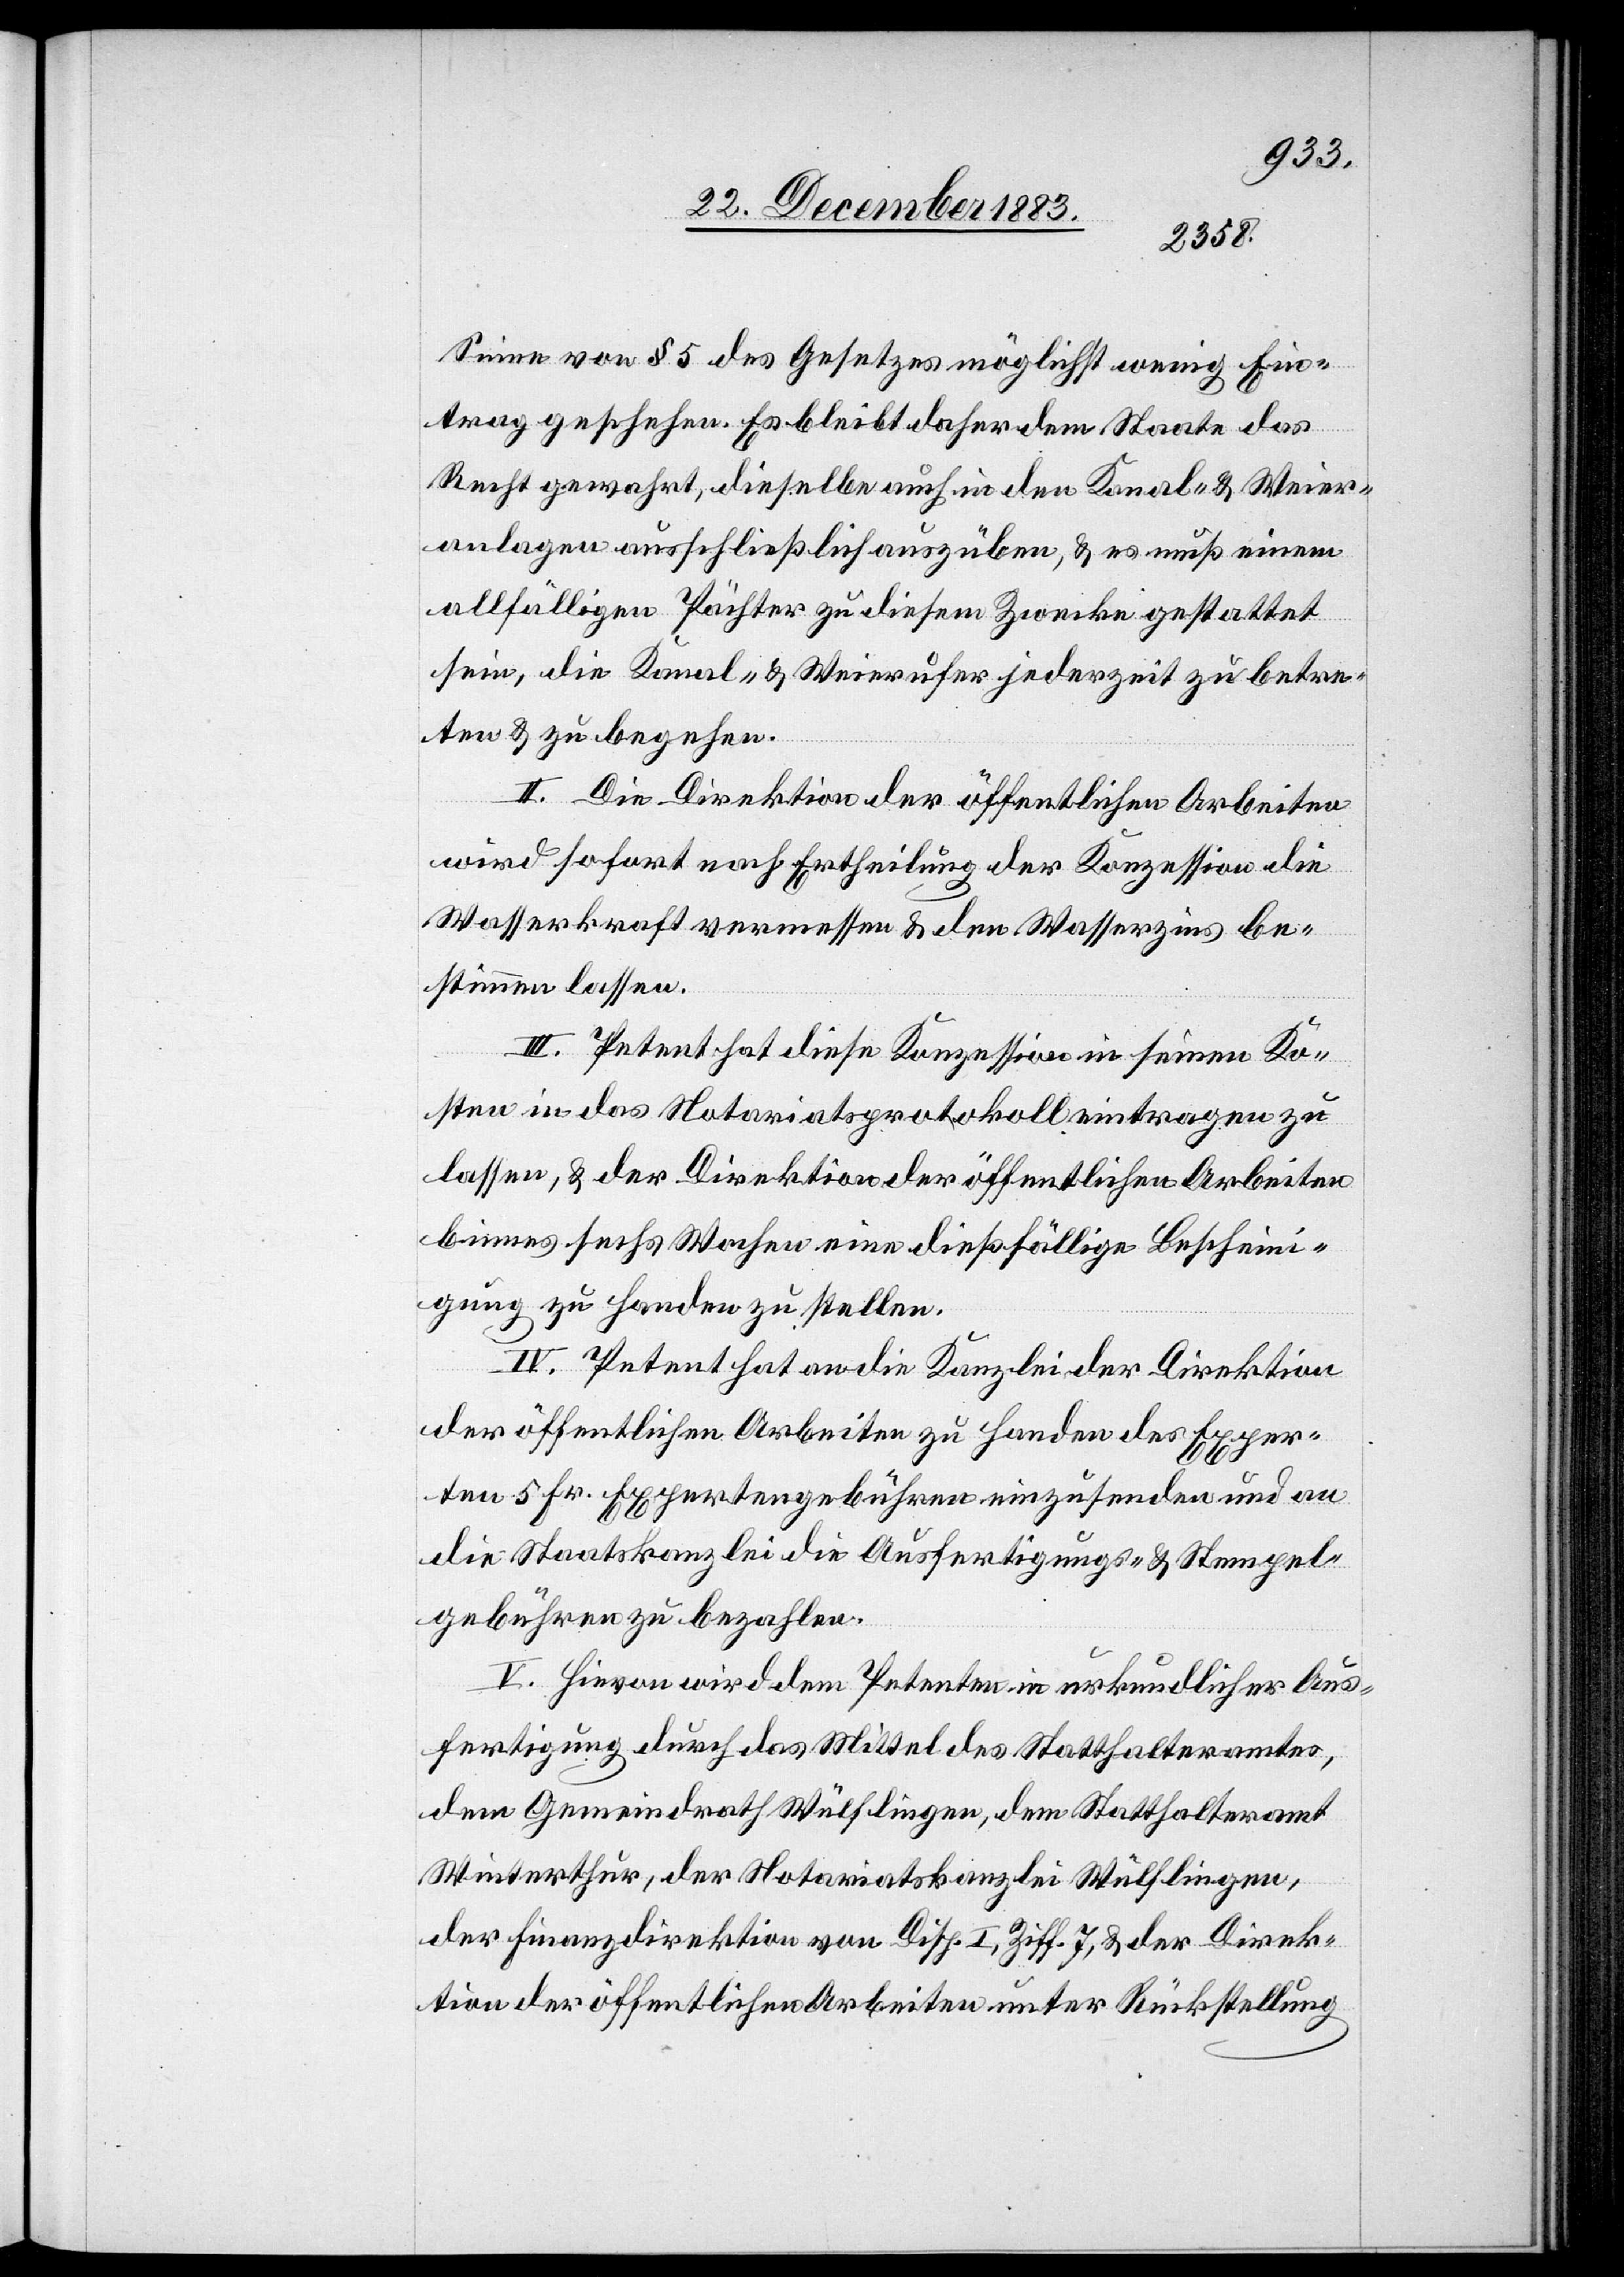
trag
& Weier¬
Sinne von § 5 des Gesetzes möglichst wenig Ein¬
anlagen ausschließlich auszuüben, & es muß einem
allfälligen Pächter zu diesem Zwecke gestattet
sein, die Kanal- & Weierufer jederzeit zu betre¬
ten & zu begehen.
II. Die Direktion der öffentlichen Arbeiten
wird sofort nach Ertheilung der Konzession die
Wasserkraft vermessen & den Wasserzins be¬
stimmen lassen.
III. Petent hat diese Konzession in seinen Ko¬
sten in das Notariatsprotokoll eintragen zu
lassen, & der Direktion der öffentlichen Arbeiten
binnen sechs Wochen eine dießfällige Beschein¬
igung zu Handen zu stellen.
IV. Petent hat an die Kanzlei der Direktion
der öffentlichen Arbeiten zu Handen des Exper¬
ten 5 Fr. Expertengebühren einzusenden und an
die Staatskanzlei die Ausfertigungs- & Stempel¬
gebühren zu bezahlen..
V. Hievon wird dem Petenten in urkundlicher Aus¬
fertigung durch das Mittel des Statthalteramt
Winterthur, der Notariatskanzlei Wülflingen,
der Finanzdirektion von Disp. I, Ziff. 7, & der Direk¬
tion der öffentlichen Arbeiten unter Rückstellung